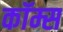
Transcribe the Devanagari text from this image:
कॉम्स